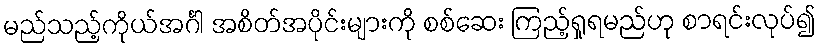
မည်သည့်ကိုယ်အင်္ဂါ အစိတ်အပိုင်းများကို စစ်ဆေး ကြည့်ရှုရမည်ဟု စာရင်းလုပ်၍